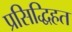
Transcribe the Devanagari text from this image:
प्रसिद्धिहत